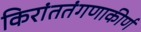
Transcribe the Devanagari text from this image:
किरांततंगणाकीर्ण